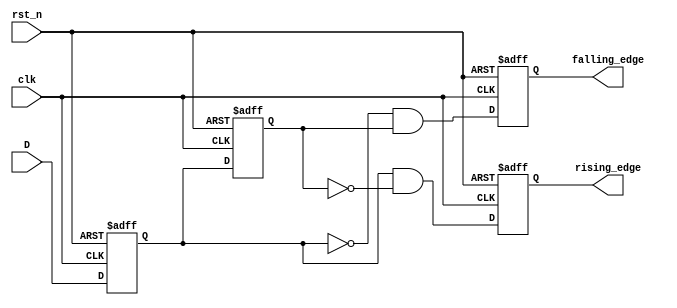
module glitch_free_edge_detector (
    input wire clk,          // Clock signal
    input wire rst_n,       // Active low reset
    input wire D,           // Input signal to monitor
    output reg rising_edge, // Output signal for rising edge detection
    output reg falling_edge // Output signal for falling edge detection
);

    // Memory blocks to store previous and current states
    reg D_prev; // Previous state storage
    reg D_curr; // Current state storage

    // Edge detection logic
    always @(posedge clk or negedge rst_n) begin
        if (!rst_n) begin
            // Reset the previous and current states and outputs
            D_prev <= 1'b0;
            D_curr <= 1'b0;
            rising_edge <= 1'b0;
            falling_edge <= 1'b0;
        end else begin
            // Sample the current state of the input signal
            D_curr <= D;

            // Edge detection logic
            rising_edge <= (D_curr && !D_prev); // Rising edge detected
            falling_edge <= (!D_curr && D_prev); // Falling edge detected

            // Update the previous state for the next clock cycle
            D_prev <= D_curr;
        end
    end

endmodule